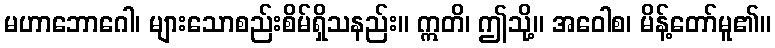
မဟာဘောဂေါ၊ များသောစည်းစိမ်ရှိသနည်း။ ဣတိ၊ ဤသို့။ အဝေါစ၊ မိန့်တော်မူ၏။